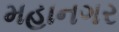
મહાનગર